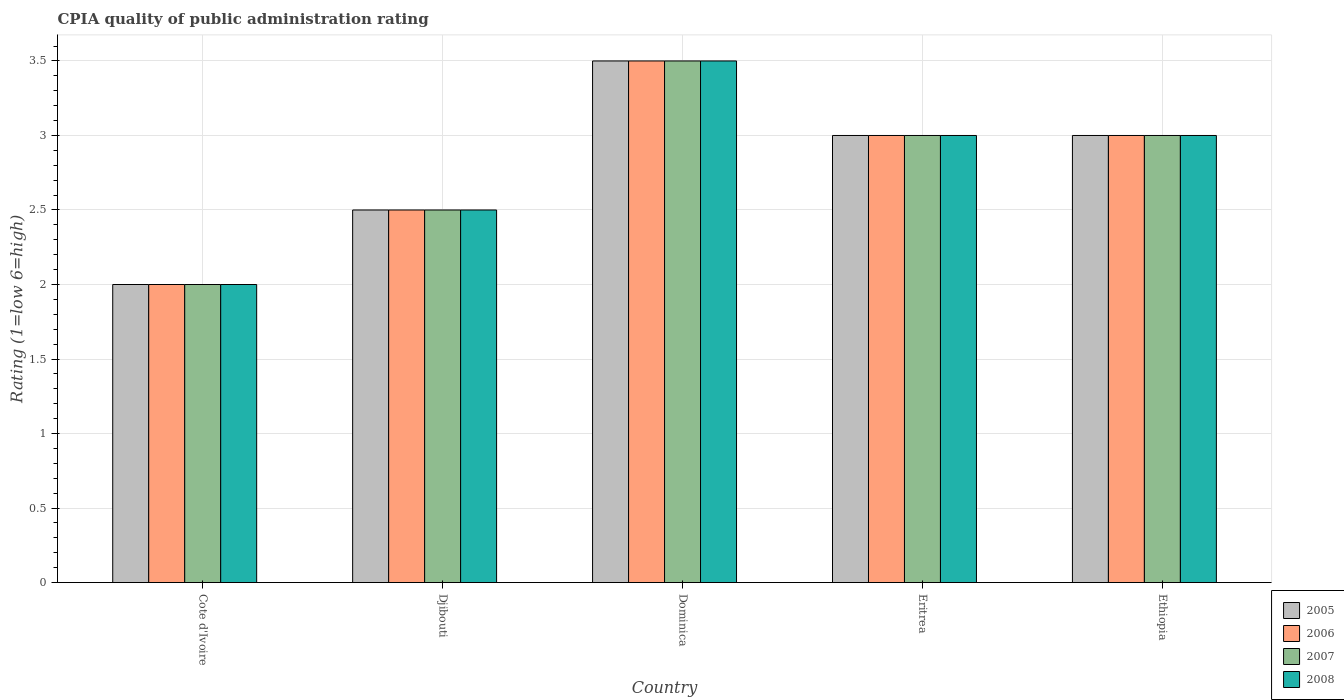
| Country | 2005 | 2006 | 2007 | 2008 |
 | --- | --- | --- | --- | --- |
 | Cote d'Ivoire | 2 | 2 | 2 | 2 |
 | Djibouti | 2.5 | 2.5 | 2.5 | 2.5 |
 | Dominica | 3.5 | 3.5 | 3.5 | 3.5 |
 | Eritrea | 3 | 3 | 3 | 3 |
 | Ethiopia | 3 | 3 | 3 | 3 |